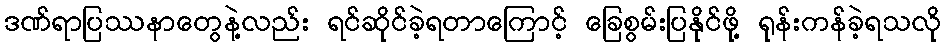
ဒဏ်ရာပြဿနာတွေနဲ့လည်း ရင်ဆိုင်ခဲ့ရတာကြောင့် ခြေစွမ်းပြနိုင်ဖို့ ရုန်းကန်ခဲ့ရသလို